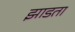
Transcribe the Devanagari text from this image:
झाडता